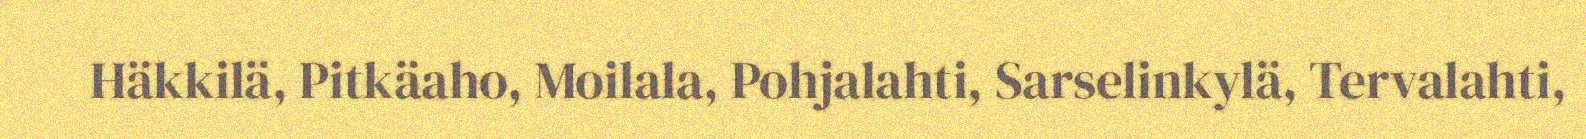
Häkkilä, Pitkäaho, Moilala, Pohjalahti, Sarselinkylä, Tervalahti,